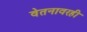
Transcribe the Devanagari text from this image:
वेतनावरही